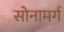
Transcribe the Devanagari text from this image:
सोनामर्ग